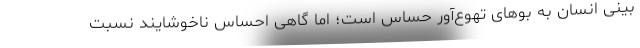
بینی انسان به بوهای تهوع‌آور حساس است؛ اما گاهی احساس ناخوشایند نسبت